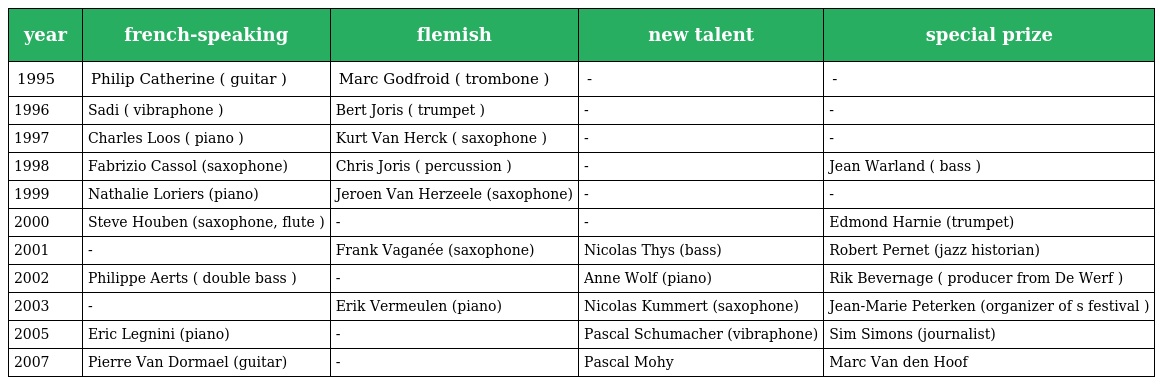
| year | french-speaking | flemish | new talent | special prize |
 | --- | --- | --- | --- | --- |
 | 1995 | Philip Catherine ( guitar ) | Marc Godfroid ( trombone ) | - | - |
 | 1996 | Sadi ( vibraphone ) | Bert Joris ( trumpet ) | - | - |
 | 1997 | Charles Loos ( piano ) | Kurt Van Herck ( saxophone ) | - | - |
 | 1998 | Fabrizio Cassol (saxophone) | Chris Joris ( percussion ) | - | Jean Warland ( bass ) |
 | 1999 | Nathalie Loriers (piano) | Jeroen Van Herzeele (saxophone) | - | - |
 | 2000 | Steve Houben (saxophone, flute ) | - | - | Edmond Harnie (trumpet) |
 | 2001 | - | Frank Vaganée (saxophone) | Nicolas Thys (bass) | Robert Pernet (jazz historian) |
 | 2002 | Philippe Aerts ( double bass ) | - | Anne Wolf (piano) | Rik Bevernage ( producer from De Werf ) |
 | 2003 | - | Erik Vermeulen (piano) | Nicolas Kummert (saxophone) | Jean-Marie Peterken (organizer of s festival ) |
 | 2005 | Eric Legnini (piano) | - | Pascal Schumacher (vibraphone) | Sim Simons (journalist) |
 | 2007 | Pierre Van Dormael (guitar) | - | Pascal Mohy | Marc Van den Hoof |